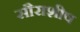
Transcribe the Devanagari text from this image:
सौराशीष